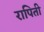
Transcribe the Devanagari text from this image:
रापिती